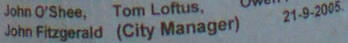
John Fitzgerald (City Manager) 21-9-2005.